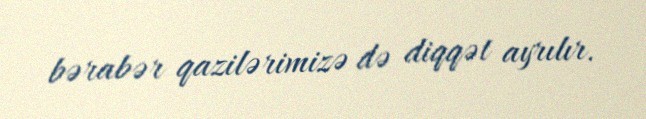
bərabər qazilərimizə də diqqət ayrılır.